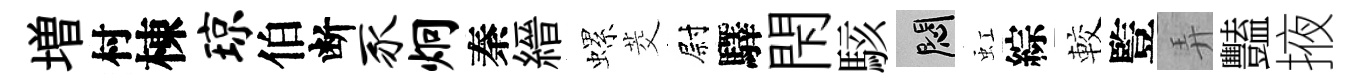
増村棟琼伯断豕炯秦縉螺茭尉驛閇駭悶虹綜較䜿弄豔掖